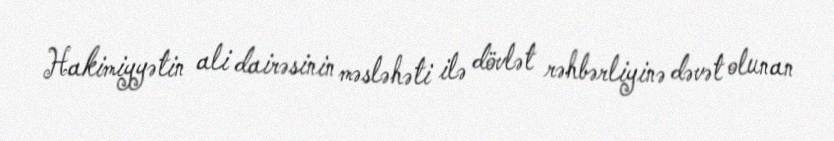
Hakimiyyətin ali dairəsinin məsləhəti ilə dövlət rəhbərliyinə dəvət olunan